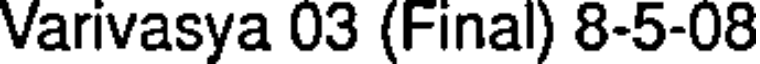
Varivasya 03 (Final) 8-5-08